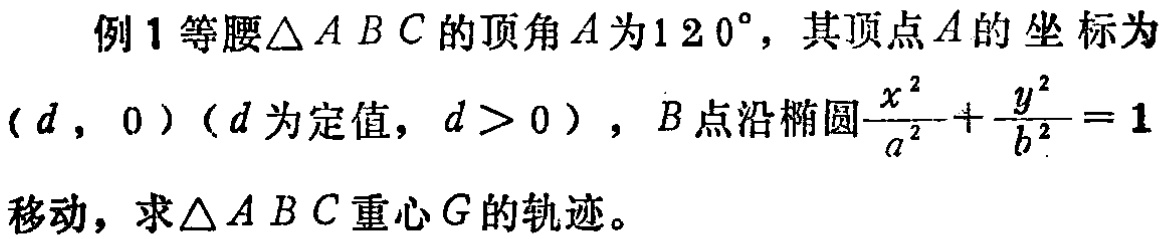
例1 等腰$\triangle ABC$的顶角$A$为$120^{\circ}$，其顶点$A$的坐标为
$(d,0)$（$d$为定值，$d > 0$），$B$点沿椭圆$\frac{x^{2}}{a^{2}}+\frac{y^{2}}{b^{2}} = 1$
移动，求$\triangle ABC$重心$G$的轨迹。